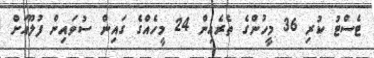
ޓެސްޓު ކުރި 36 މީހުންގެ ތެރެއިން 24 މީހެއްގެ ގައިން ސުވައިން ފުލޫއަށް